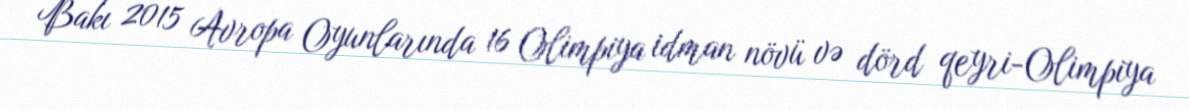
Bakı 2015 Avropa Oyunlarında 16 Olimpiya idman növü və dörd qeyri-Olimpiya